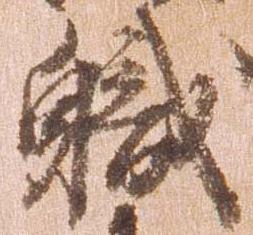
職